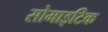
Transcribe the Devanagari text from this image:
सोमाइटिक